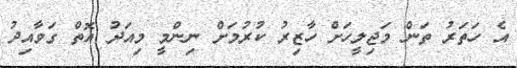
އެ ހަތަރު ތަން މަޖިލީހަށް ހާޒިރު ކުރުމަށް ނިންމީ މިއަދު އޮތް ގަވާއިދު